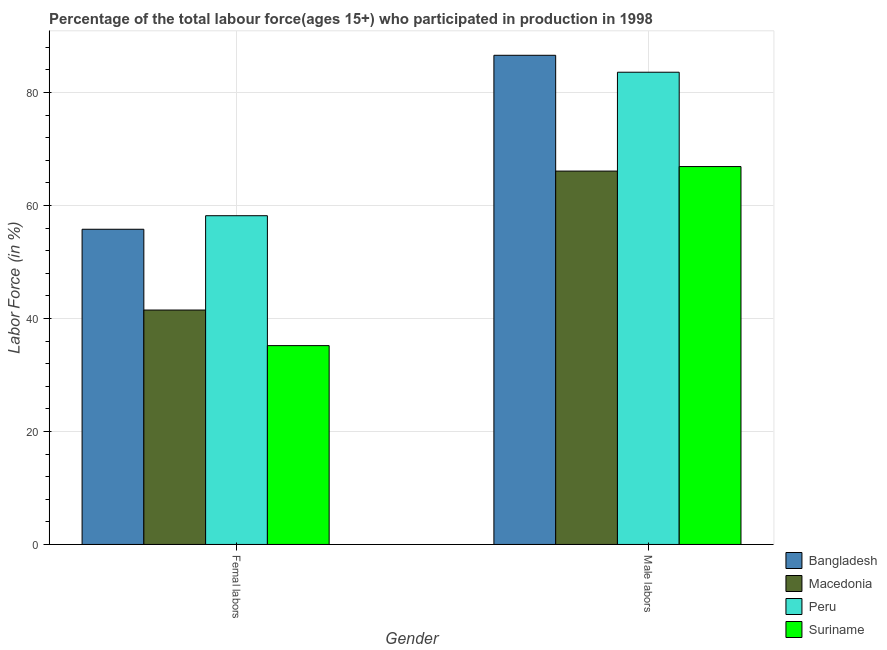
| Gender | Bangladesh | Macedonia | Peru | Suriname |
 | --- | --- | --- | --- | --- |
 | Femal labors | 55.8 | 41.5 | 58.2 | 35.2 |
 | Male labors | 86.6 | 66.1 | 83.6 | 66.9 |